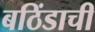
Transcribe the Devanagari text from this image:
बठिंडाची